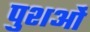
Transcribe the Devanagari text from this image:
पुशओं